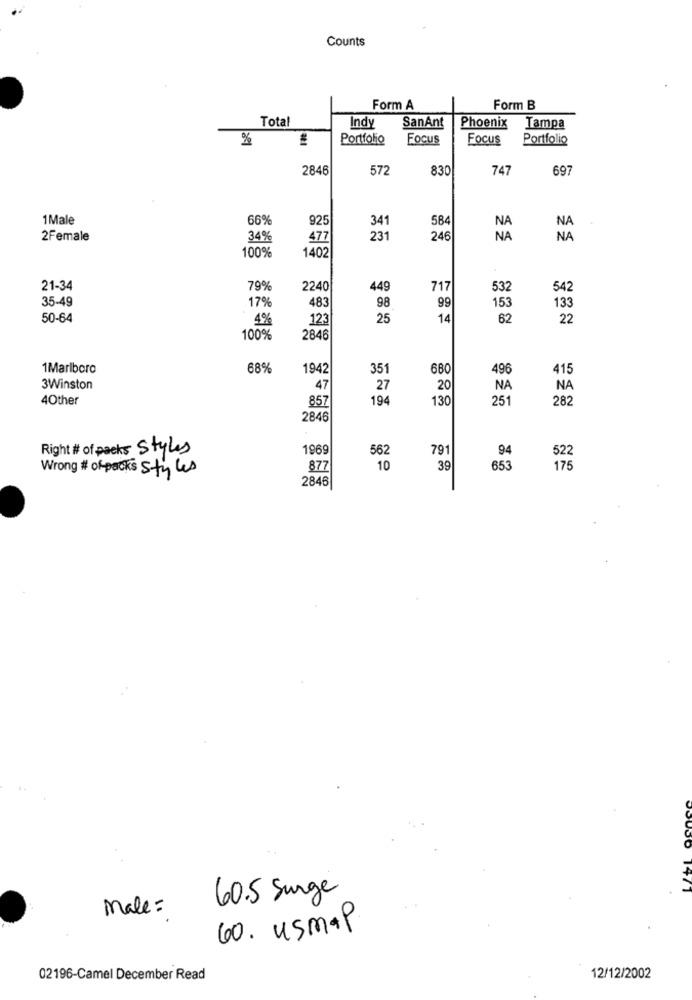
Counts
Form A
Form B
Total
Indy
SanAnt
Phoenix
Tampa
%
Portfolio
Focus
Focus
Portfolio
2846
572
830
747
697
1Male
66%
925
341
584
2Female
34%
477
231
246
100%
1402
21-34
79%
2240
449
717
532
542
35-49
17%
483
99
98
153
133
50-64
4%
123
25
14
62
22
100%
2846
1Marlboro
68%
1942
351
680
496
415
3Winston
47
27
20
NA
NA
4Other
857
194
130
251
282
2846
Right # of packs Styles
1969
562
791
94
522
Wrong # of-packs styles
877
10
39
653
17
2846
1471
60.5 Surge
male =
60. usmal
02196-Camel December Read
12/12/2002